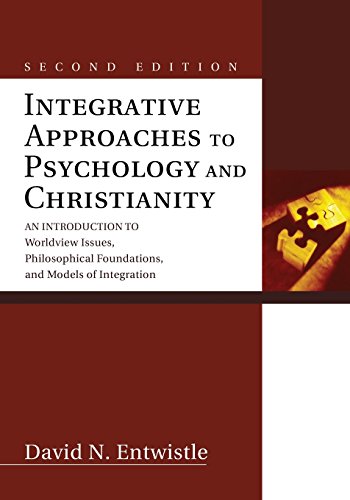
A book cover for Integrative Approaches to Psychology and Christianity, Second Edition: An Introduction to Worldview Issues, Philosophical Foundations, and Models of Integration; David N. Entwistle; Religion & Spirituality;